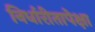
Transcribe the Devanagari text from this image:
निर्धारीतापेक्षा